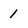
Character: 1